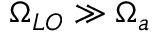
\Omega _ { L O } \gg \Omega _ { a }